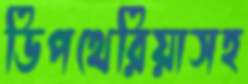
ডিপথেরিয়াসহ